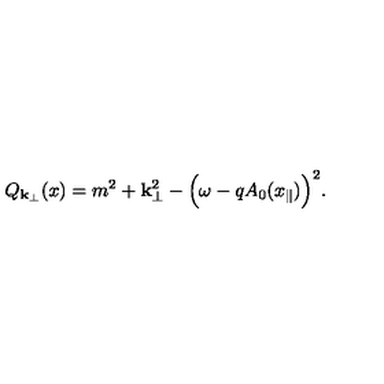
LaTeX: Q _ { { \bf k } _ { \perp } } ( x ) = m ^ { 2 } + { \bf k } _ { \perp } ^ { 2 } - \Bigl ( \omega - q A _ { 0 } ( x _ { \parallel } ) \Bigr ) ^ { 2 } .